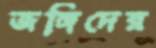
জঙ্গিদের